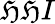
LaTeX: \mathfrak{H}\mathfrak{H}I